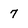
Character: 7